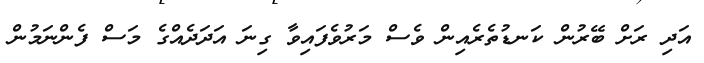
އަދި ރަށް ބޭރުން ކަނޑުތެރެއިން ވެސް މަރުވެފައިވާ ގިނަ އަދަދެއްގެ މަސް ފެންނަމުން